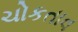
ચોકતાવ